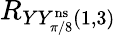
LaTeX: R_{YY_{\pi/8}^{\mathrm{ns}}(1,3)}